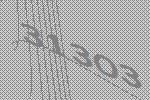
31303